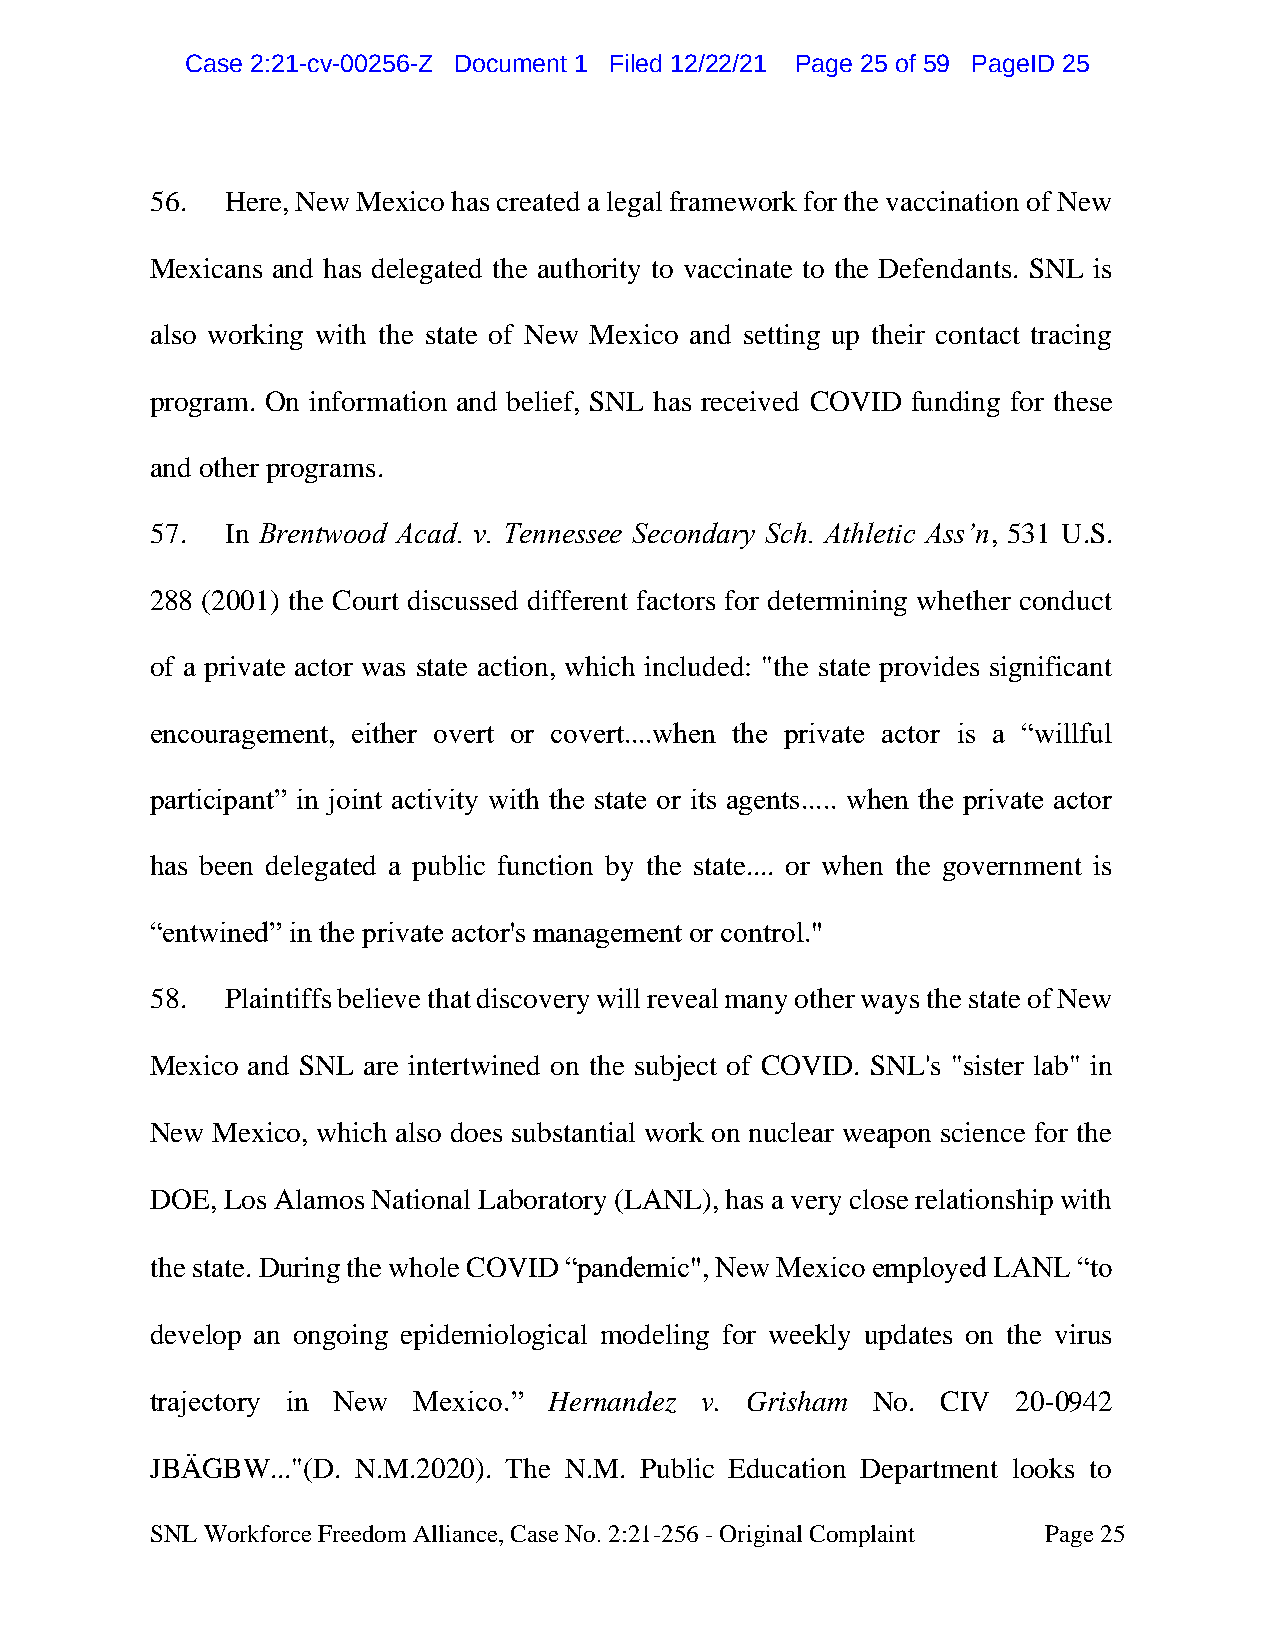
CCaassee 22::2211--ccvv--0000225566--ZZ DDooccuummeenntt 11 FFiilleedd 1122//2222//2211 PPaaggee 2255 ooff 5599 PPaaggeeIIDD 2255
 56.  Here, New Mexico has created a legal framework for the vaccination of New
 Mexicans and has delegated the authority to vaccinate to the Defendants. SNL is
 also working with the state of New Mexico and setting up their contact tracing
 program. On information and belief, SNL has received COVID funding for these
 and other programs.
 57.  In Brentwood Acad. v. Tennessee Secondary Sch. Athletic Ass’n, 531 U.S.
 288 (2001) the Court discussed different factors for determining whether conduct
 of a private actor was state action, which included: "the state provides significant
 encouragement, either overt or covert....when the private actor is a “willful
 participant” in joint activity with the state or its agents..... when the private actor
 has been delegated a public function by the state.... or when the government is
 “entwined” in the private actor's management or control."
 58.  Plaintiffs believe that discovery will reveal many other ways the state of New
 Mexico and SNL are intertwined on the subject of COVID. SNL's "sister lab" in
 New Mexico, which also does substantial work on nuclear weapon science for the
 DOE, Los Alamos National Laboratory (LANL), has a very close relationship with
 the state. During the whole COVID “pandemic", New Mexico employed LANL “to
 develop an ongoing epidemiological modeling for weekly updates on the virus
 trajectory in New Mexico.” Hernandez v. Grisham No. CIV  20-0942
 JBÄGBW..."(D. N.M.2020). The N.M. Public Education Department looks to
 SNL Workforce Freedom Alliance, Case No. 2:21-256 - Original Complaint Page 25